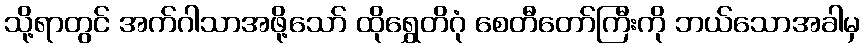
သို့ရာတွင် အက်ဂါသာအဖို့သော် ထိုရွှေတိဂုံ စေတီတော်ကြီးကို ဘယ်သောအခါမှ